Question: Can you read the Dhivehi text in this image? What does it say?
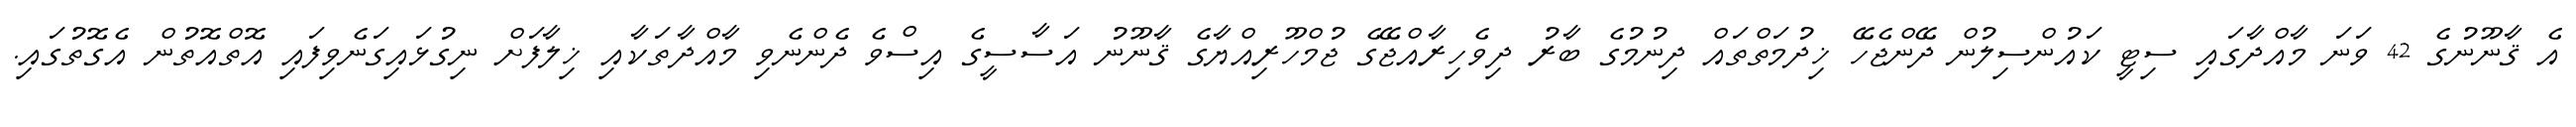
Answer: އެ ޤާނޫނުގެ 42 ވަނަ މާއްދާގައި ސިޓީ ކައުންސިލުން ދޭންޖެހޭ ޚިދުމަތްތައް ދިނުމުގެ ބާރު ދިވެހިރާއްޖޭގެ ޖުމްހޫރިއްޔާގެ ޤާނޫނު އަސާސީގެ އިސްވެ ދެންނެވި މާއްދާތަކާއި ޚިލާފަށް ނިގުޅައިގަނެވިފައި އޮތްއޮތުން އެގޮތުގައި.